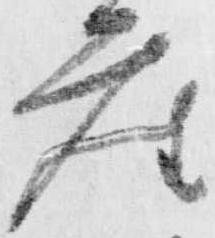
座